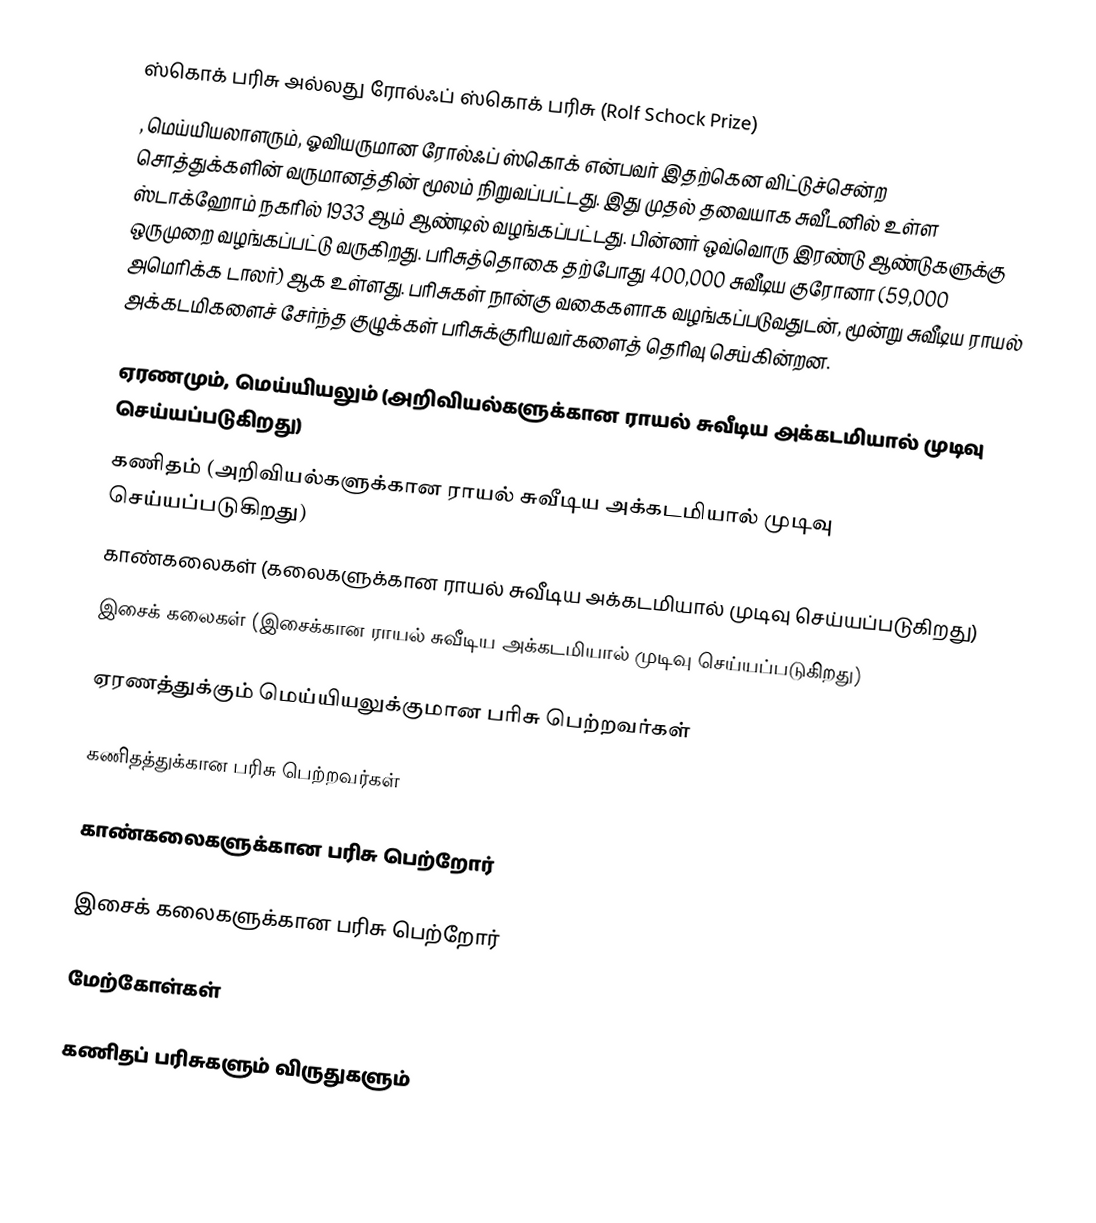
ஸ்கொக் பரிசு அல்லது  ரோல்ஃப் ஸ்கொக் பரிசு (Rolf Schock Prize)
, மெய்யியலாளரும், ஓவியருமான ரோல்ஃப் ஸ்கொக் என்பவர் இதற்கென விட்டுச்சென்ற சொத்துக்களின் வருமானத்தின் மூலம் நிறுவப்பட்டது. இது முதல் தவையாக சுவீடனில் உள்ள ஸ்டாக்ஹோம் நகரில் 1933 ஆம் ஆண்டில் வழங்கப்பட்டது. பின்னர் ஒவ்வொரு இரண்டு ஆண்டுகளுக்கு ஒருமுறை வழங்கப்பட்டு வருகிறது. பரிசுத்தொகை தற்போது 400,000 சுவீடிய குரோனா (59,000 அமெரிக்க டாலர்) ஆக உள்ளது. பரிசுகள் நான்கு வகைகளாக வழங்கப்படுவதுடன், மூன்று சுவீடிய ராயல் அக்கடமிகளைச் சேர்ந்த குழுக்கள் பரிசுக்குரியவர்களைத் தெரிவு செய்கின்றன.

  ஏரணமும், மெய்யியலும் (அறிவியல்களுக்கான ராயல் சுவீடிய அக்கடமியால் முடிவு செய்யப்படுகிறது)
  கணிதம் (அறிவியல்களுக்கான ராயல் சுவீடிய அக்கடமியால் முடிவு செய்யப்படுகிறது)
  காண்கலைகள் (கலைகளுக்கான ராயல் சுவீடிய அக்கடமியால் முடிவு செய்யப்படுகிறது)
  இசைக் கலைகள் (இசைக்கான ராயல் சுவீடிய அக்கடமியால் முடிவு செய்யப்படுகிறது)

ஏரணத்துக்கும் மெய்யியலுக்குமான பரிசு பெற்றவர்கள்

கணிதத்துக்கான பரிசு பெற்றவர்கள்

காண்கலைகளுக்கான பரிசு பெற்றோர்

இசைக் கலைகளுக்கான பரிசு பெற்றோர்

மேற்கோள்கள்

கணிதப் பரிசுகளும் விருதுகளும்